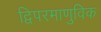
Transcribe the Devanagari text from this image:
द्विपरमाणुविक